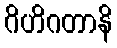
ဂိဟိဂတာနိ